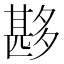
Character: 夦